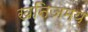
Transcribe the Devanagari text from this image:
खनिजमय